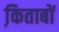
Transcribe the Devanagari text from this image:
कि़ताबों